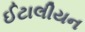
ઈટાલીયન